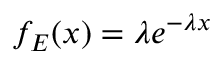
f _ { E } ( x ) = \lambda e ^ { - \lambda x }